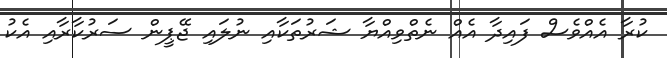
ކުރާ އެއްވެސް ފައިދާ އެއް ނެތްވިއްޔާ ޝަރުތަކާއި ނުލައި ޖޭޕީން ސަރުކާރާއި އެކު